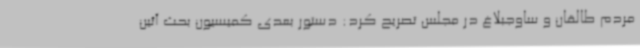
مردم طالقان و ساوجبلاغ در مجلس تصریح کرد: دستور بعدی کمیسیون بحث آئین